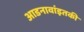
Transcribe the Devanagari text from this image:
आडनावांइतकी